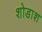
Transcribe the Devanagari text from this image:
शोडाश